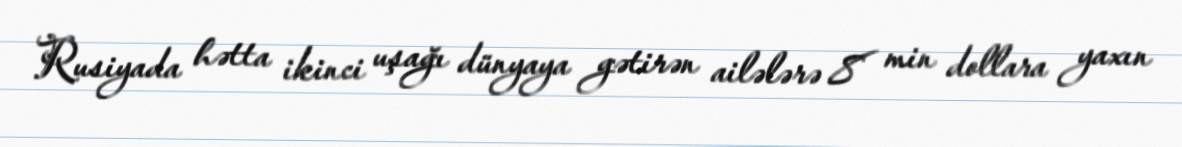
Rusiyada hətta ikinci uşağı dünyaya gətirən ailələrə 8 min dollara yaxın